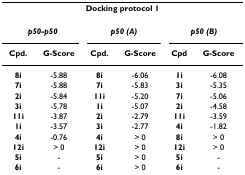
| <COLSPAN=6> Docking protocol 1 |
 | --- | --- | --- | --- | --- | --- |
 | <COLSPAN=2> p50-p50 | <COLSPAN=2> p50 (A) | <COLSPAN=2> p50 (B) |
 | Cpd. | G-Score | Cpd. | G-Score | Cpd | G-Score |
 | 8i | -5.88 | 8i | -6.06 | 1i | -6.08 |
 | 7i | -5.88 | 7i | -5.83 | 3i | -5.35 |
 | 2i | -5.84 | 11i | -5.20 | 7i | -5.06 |
 | 3i | -5.78 | 1i | -5.07 | 2i | -4.58 |
 | 11i | -3.87 | 2i | -2.79 | 11i | -3.59 |
 | 1i | -3.57 | 3i | -2.77 | 4i | -1.82 |
 | 4i | -0.76 | 4i | > 0 | 8i | > 0 |
 | 12i | > 0 | 12i | > 0 | 12i | > 0 |
 | 5i | - | 5i | > 0 | 5i | - |
 | 6i | - | 6i | > 0 | 6i | - |